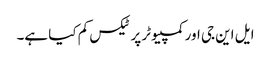
ایل این جی اور کمپیوٹر پر ٹیکس کم کیا ہے۔